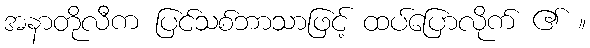
အနာတိုလီက ပြင်သစ်ဘာသာဖြင့် ထပ်ပြောလိုက် ၏ ။